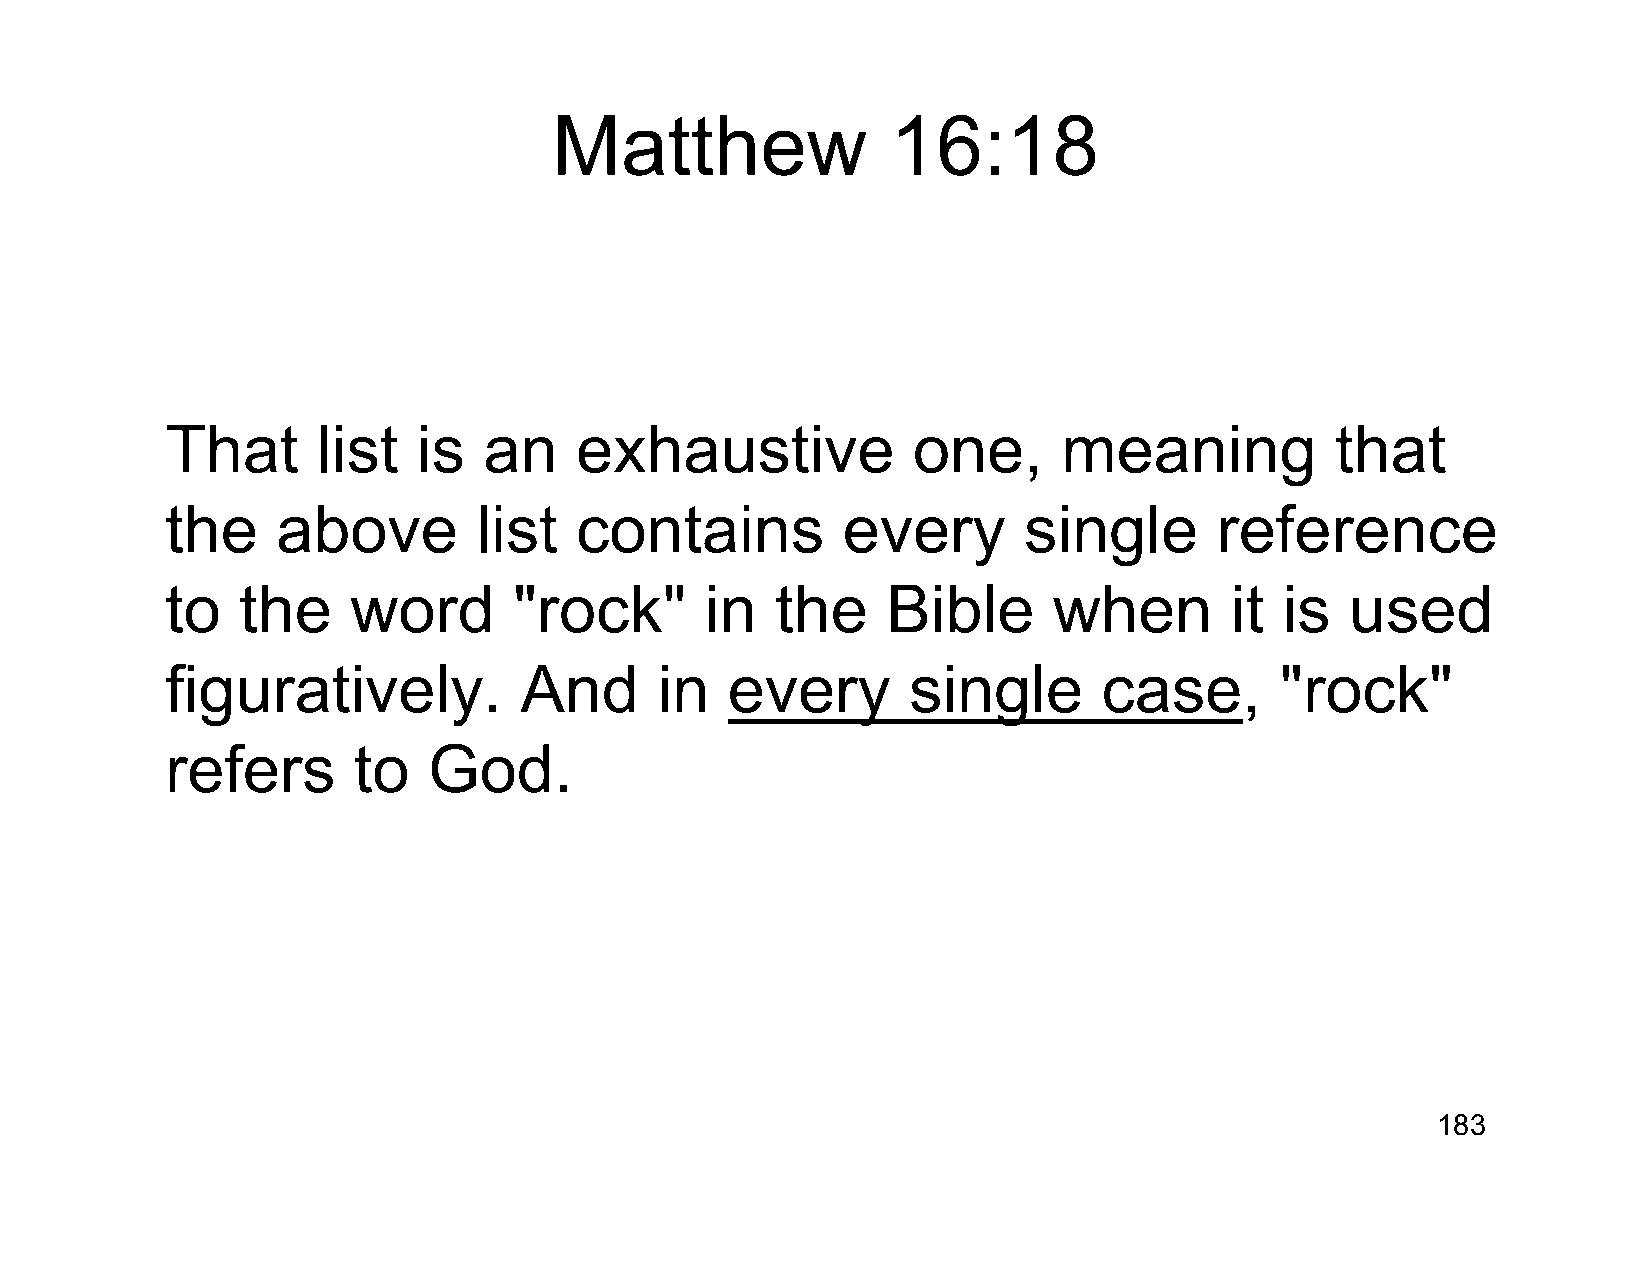
Matthew               16:18
 That      list   is  an    exhaustive            one,      meaning           that
 the    above         list  contains          every       single       reference
 to   the    word       "rock"       in  the     Bible      when       it  is  used
 figuratively.          And       in  every       single       case,       "rock"
 refers      to   God.
 183